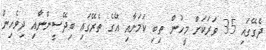
ދެގޭގައި 35 ވަރަކަށް މީހުން ތިބި ކަމަށާއި އޭގެ ތެރޭގައި ބިދޭސީންނާއި ދިވެހިން